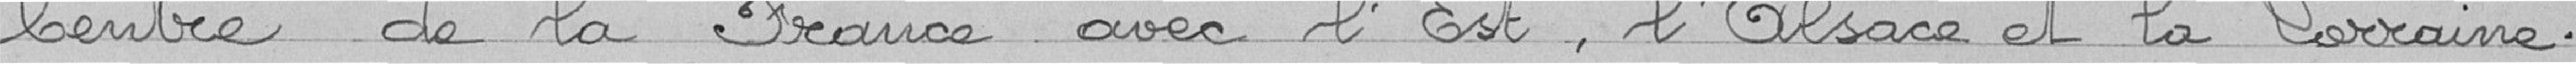
Centre de la France avec l'est, l'Alsace et la Lorraine.